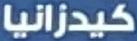
كيدزانيا